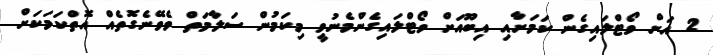
2 އަށް ވޯޓްލައިގެން ކަމަށާއި އިބޫއަށް ވޯޓްލައިގެންމެނުވީ މިކަމުން ސަލާމަތް ވެވޭނެގޮތެއް އޮތްކަމަކަށް